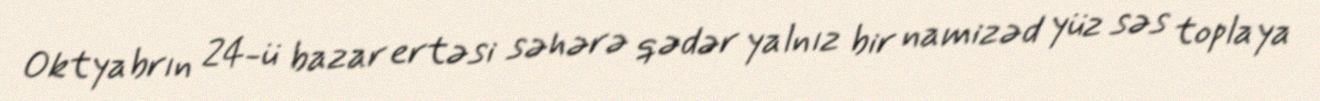
Oktyabrın 24-ü bazar ertəsi səhərə qədər yalnız bir namizəd yüz səs toplaya